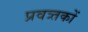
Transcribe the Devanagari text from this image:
प्रवत्र्तकों